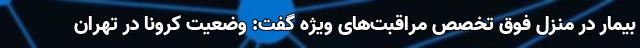
بیمار در منزل فوق تخصص مراقبت‌های ویژه گفت: وضعیت کرونا در تهران